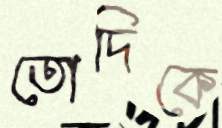
তোদিকে